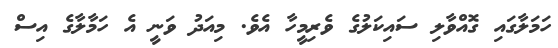
ހަމަލާގައި ގޮއްވާލި ސައިކަލުގެ ވެރިމީހާ އެވެ. މިއަދު ވަނީ އެ ހަމާލާގެ އިސް